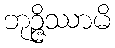
ဘုဉ္ဇိဿာမိ